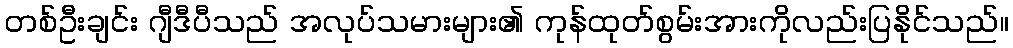
တစ်ဦးချင်း ဂျီဒီပီသည် အလုပ်သမားများ၏ ကုန်ထုတ်စွမ်းအားကိုလည်းပြနိုင်သည်။